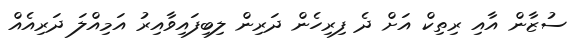
ސުޒާން އާއި ރިތިކް އަށް ދެ ފިރިހެން ދަރިން ލިބިފައިވާއިރު އަމިއްލަ ދަރިއެއް